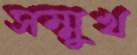
সম্মুখ